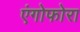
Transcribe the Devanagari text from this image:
एंगोफोरा